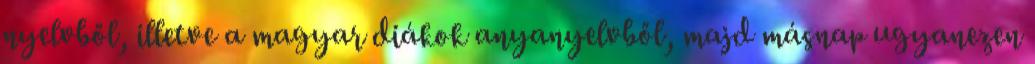
nyelvből, illetve a magyar diákok anyanyelvből, majd másnap ugyanezen